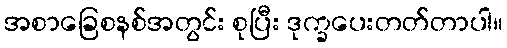
အစာခြေစနစ်အတွင်း စုပြီး ဒုက္ခပေးတတ်တာပါ။